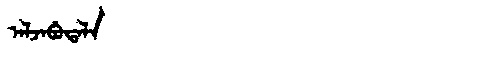
Manchu: ᠠᠯᠵᠠᠪᡠᡨᠠᠯᠠ
Romanization: ALJABUTALA